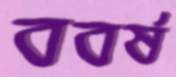
ববর্ষ